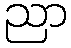
ညာ